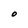
Character: O